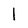
Character: l